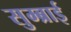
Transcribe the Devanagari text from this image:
सुम्ब्राई